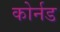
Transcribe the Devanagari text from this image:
कोर्नड